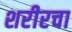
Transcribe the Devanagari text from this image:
शरीरचा